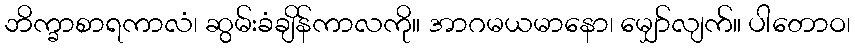
ဘိက္ခာစာရကာလံ၊ ဆွမ်းခံချိန်ကာလကို။ အာဂမယမာနော၊ မျှော်လျက်။ ပါတောဝ၊